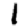
Digit: 1